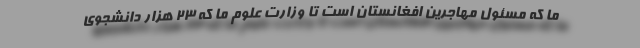
ما که مسئول مهاجرین افغانستان است تا وزارت علوم ما که ۲۳ هزار دانشجوی